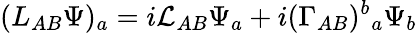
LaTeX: (L_{AB}\Psi)_{a}=i{\cal L}_{AB}\Psi_{a}+i(\Gamma_{AB})^{b}{}_{a}\Psi_{b}